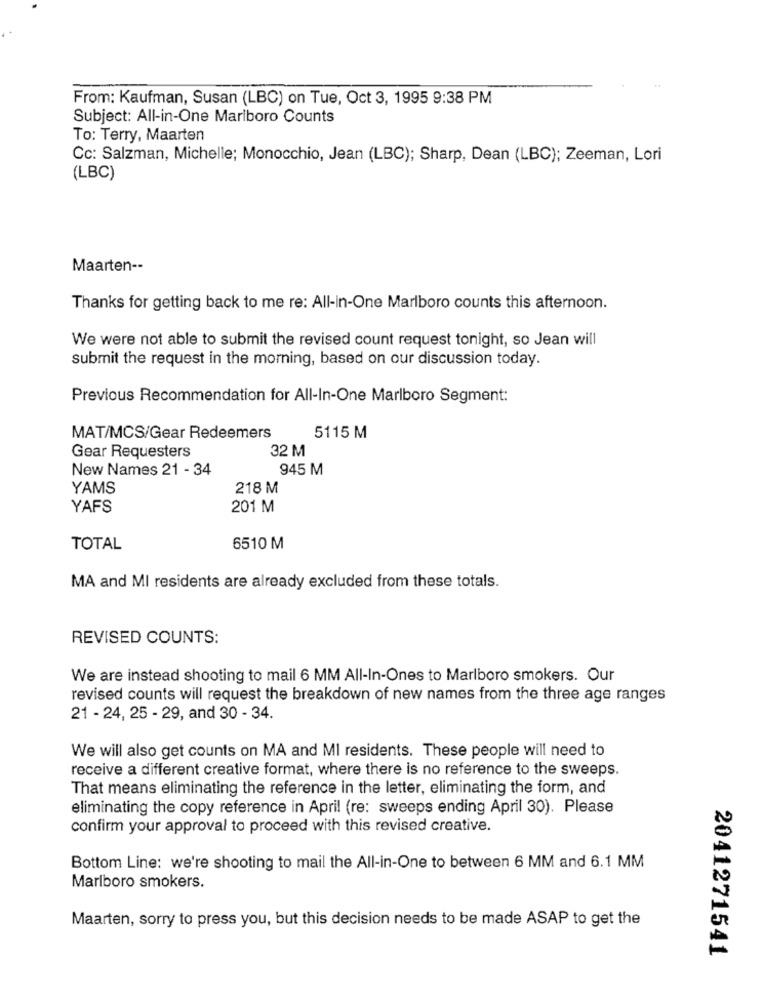
From: Kaufman, Susan (LBC) on Tue, Oct 3, 1995 9:38 PM
Subject: All-in-One Marlboro Counts
To: Terry, Maarten
Cc: Salzman, Michelle; Monocchio, Jean (LBC); Sharp, Dean (LBC); Zeeman, Lori
(LBC)
Maarten --
Thanks for getting back to me re: All-in-One Marlboro counts this afternoon.
We were not able to submit the revised count request tonight, so Jean will
submit the request in the morning, based on our discussion today.
Previous Recommendation for All-In-One Marlboro Segment:
MAT/MCS/Gear Redeemers
5115 M
32 M
Gear Requesters
New Names 21 - 34
945 M
YAMS
218 M
YAFS
201 M
TOTAL
6510 M
MA and MI residents are already excluded from these totals.
REVISED COUNTS:
We are instead shooting to mail 6 MM All-In-Ones to Marlboro smokers. Our
revised counts will request the breakdown of new names from the three age ranges
21 - 24, 25 - 29, and 30 - 34.
We will also get counts on MA and MI residents. These people will need to
receive a different creative format, where there is no reference to the sweeps.
That means eliminating the reference in the letter, eliminating the form, and
eliminating the copy reference in April (re: sweeps ending April 30). Please
confirm your approval to proceed with this revised creative.
Bottom Line: we're shooting to mail the All-in-One to between 6 MM and 6.1 MM
Marlboro smokers.
Maarten, sorry to press you, but this decision needs to be made ASAP to get the
2041271541